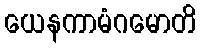
ယေနကာမံဂမောတိ